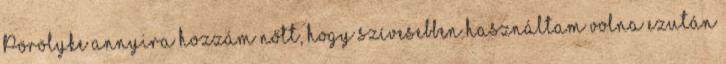
Pörölyke annyira hozzám nőtt, hogy szívesebben használtam volna ezután